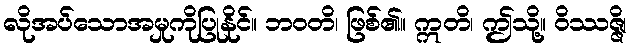
လိုအပ်သောအမှုကိုပြုနိုင်။ ဘဝတိ၊ ဖြစ်၏။ ဣတိ၊ ဤသို့။ ဝိဿဇ္ဇိ၊